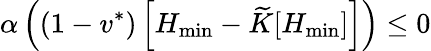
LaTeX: \alpha\left((1-v^{*})\left[H_{\operatorname*{min}}-\widetilde K[H_{\operatorname*{min}}]\right]\right)\leq 0